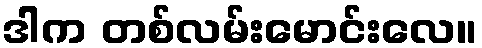
ဒါက တစ်လမ်းမောင်းလေ။